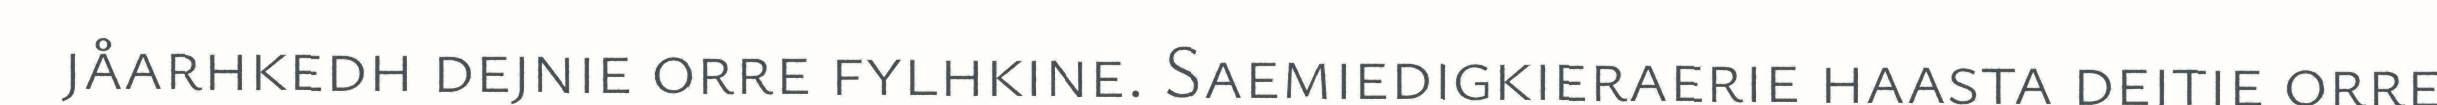
jåarhkedh dejnie orre fylhkine. Saemiedigkieraerie haasta dejtie orre